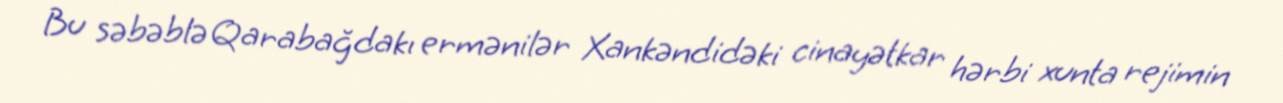
Bu səbəblə Qarabağdakı ermənilər Xankəndidəki cinayətkar hərbi xunta rejimin